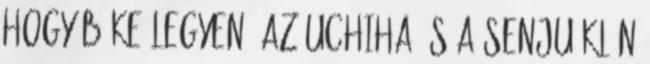
hogy béke legyen, az Uchiha és a Senju klán